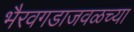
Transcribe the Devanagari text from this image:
भैरवगडाजवळच्या